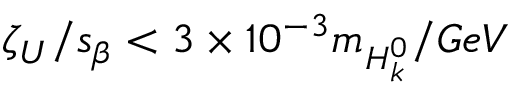
\zeta _ { U } / s _ { \beta } < 3 \times 1 0 ^ { - 3 } m _ { H _ { k } ^ { 0 } } / G e V